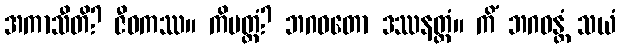
အကာသီတိ? ဇီဝကဿ။ ကိမတ္ထံ? ဘဂဝတော ဒဿနတ္ထံ။ ကိံ ဘဂဝန္တံ သယံ